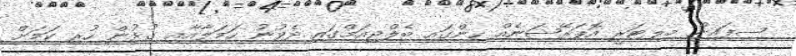
ސިފައިން މިލިޓަރީ އޮޕަރޭޝަނެއް ހިންގައި ބެލްޖިއަމްގައި ދެވުނު ހަމަލާއާއި ގުޅުން ހުރި ކަމަށް